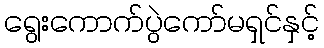
ရွေးကောက်ပွဲကော်မရှင်နှင့်